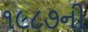
૧૯૮૭ની